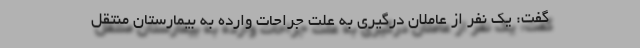
گفت: یک نفر از عاملان درگیری به علت جراحات وارده به بیمارستان منتقل